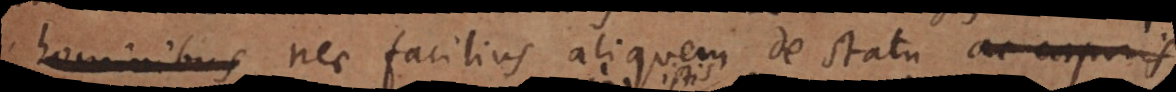
hominibus nec facilius aliquem de statu ac corporis